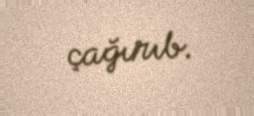
çağırıb.